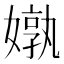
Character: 𪦝